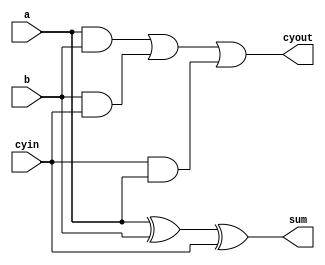
module full_add (a,b,cyin,sum,cyout);
     input a,b,cyin;
     output sum,cyout;
     wire k,x,y,z;
     xor g1 (k,a,b);
     xor g2 (sum,k,cyin);
     and g3 (x,a,b);
     and g4 (y,b,cyin);
     and g5 (z,cyin,a);
     or g6 (cyout,x,y,z);
endmodule